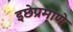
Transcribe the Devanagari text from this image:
इछेप्रमाणे